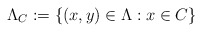
\begin{align*} \Lambda_C:=\{(x,y) \in \Lambda : x \in C\}\end{align*}